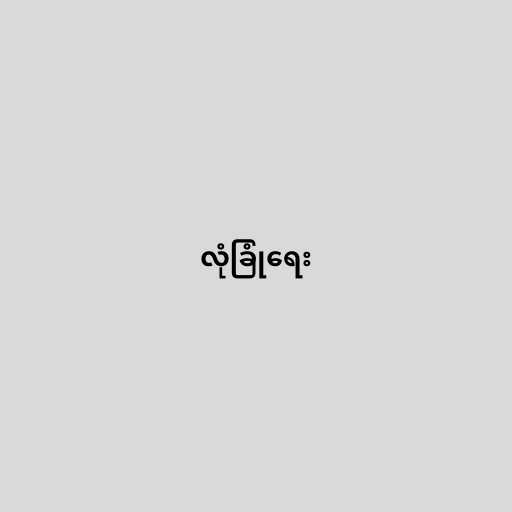
လုံခြုံရေး